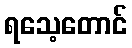
ရသေ့တောင်